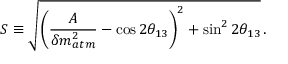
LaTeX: S \equiv \sqrt { \left( { \frac { A } { \delta m _ { a t m } ^ { 2 } } } - \cos 2 \theta _ { 1 3 } \right) ^ { 2 } + \sin ^ { 2 } 2 \theta _ { 1 3 } } \, .